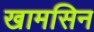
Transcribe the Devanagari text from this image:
खामसिन